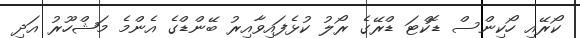
ކޯރޭއި ހޯކިންސް ޑޮކްޓަ ޑްރޭގެ ރޯލު ކުޅެފައިވާއިރު ބޭންޑްގެ އެންމެ މަޝްހޫރު އަދި